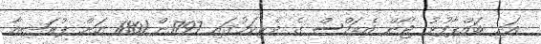
އަދި ބައްޕާފުޅު ޖޯން އެޑަމްސް ގެ ވެރިކަމުގައި 1797ން 1801 އަށް ޕްރަޝިއާ